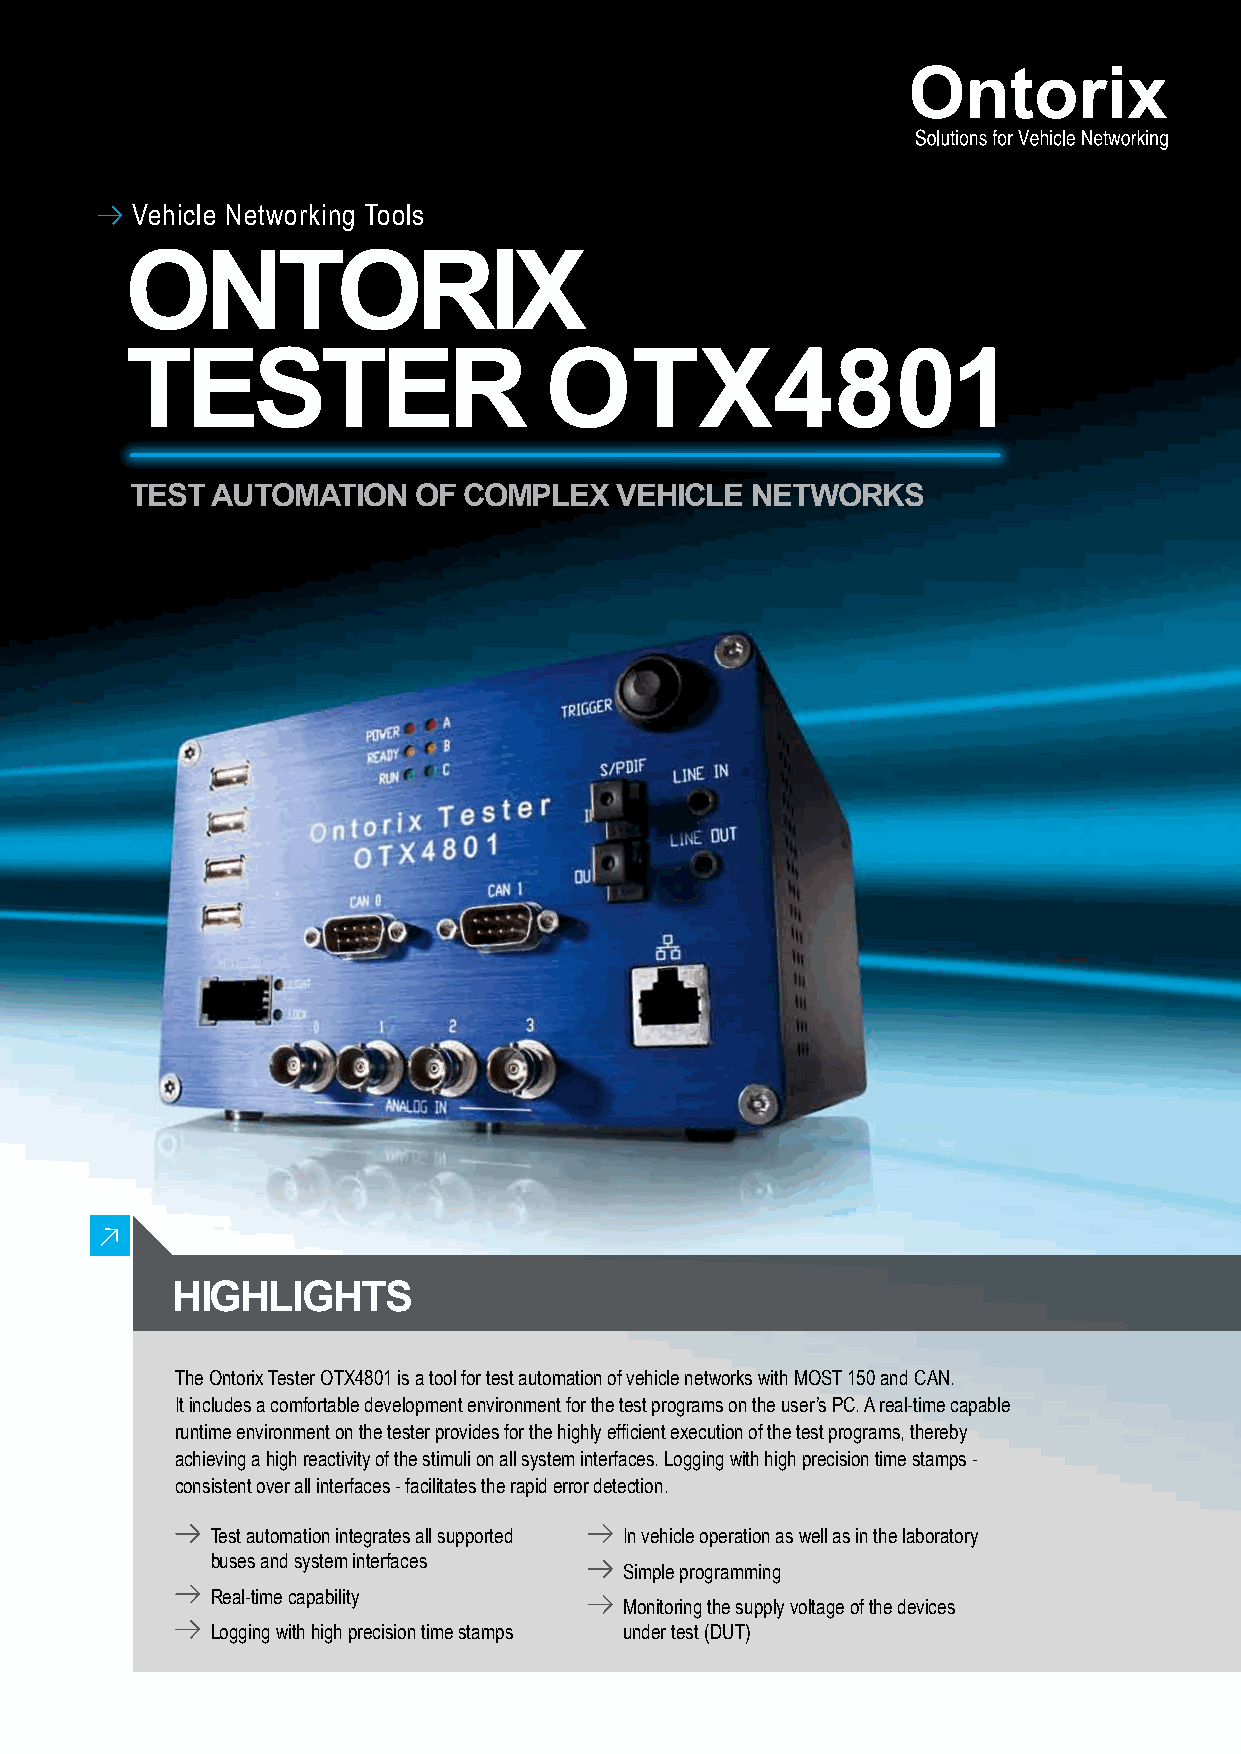
Vehicle Networking Tools
 ontorix
 tester                      otx4801
 test automation   of  complex   vehicle  networks
 highlights
 The Ontorix Tester OTX4801 is a tool for test automation of vehicle networks with MOST 150 and CAN.
 It includes a comfortable development environment for the test programs on the user’s PC. A real-time capable
 runtime environment on the tester provides for the highly efficient execution of the test programs, thereby
 achieving a high reactivity of the stimuli on all system interfaces. Logging with high precision time stamps -
 consistent over all interfaces - facilitates the rapid error detection.
 Test automation integrates all supported In vehicle operation as well as in the laboratory
 buses and system interfaces
 Simple programming
 Real-time capability
 Monitoring the supply voltage of the devices
 Logging with high precision time stamps under test (DUT)